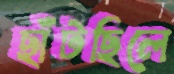
ছাঁটছিলে